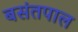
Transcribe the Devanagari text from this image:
बसंतपाल